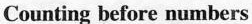
Counting before numbers